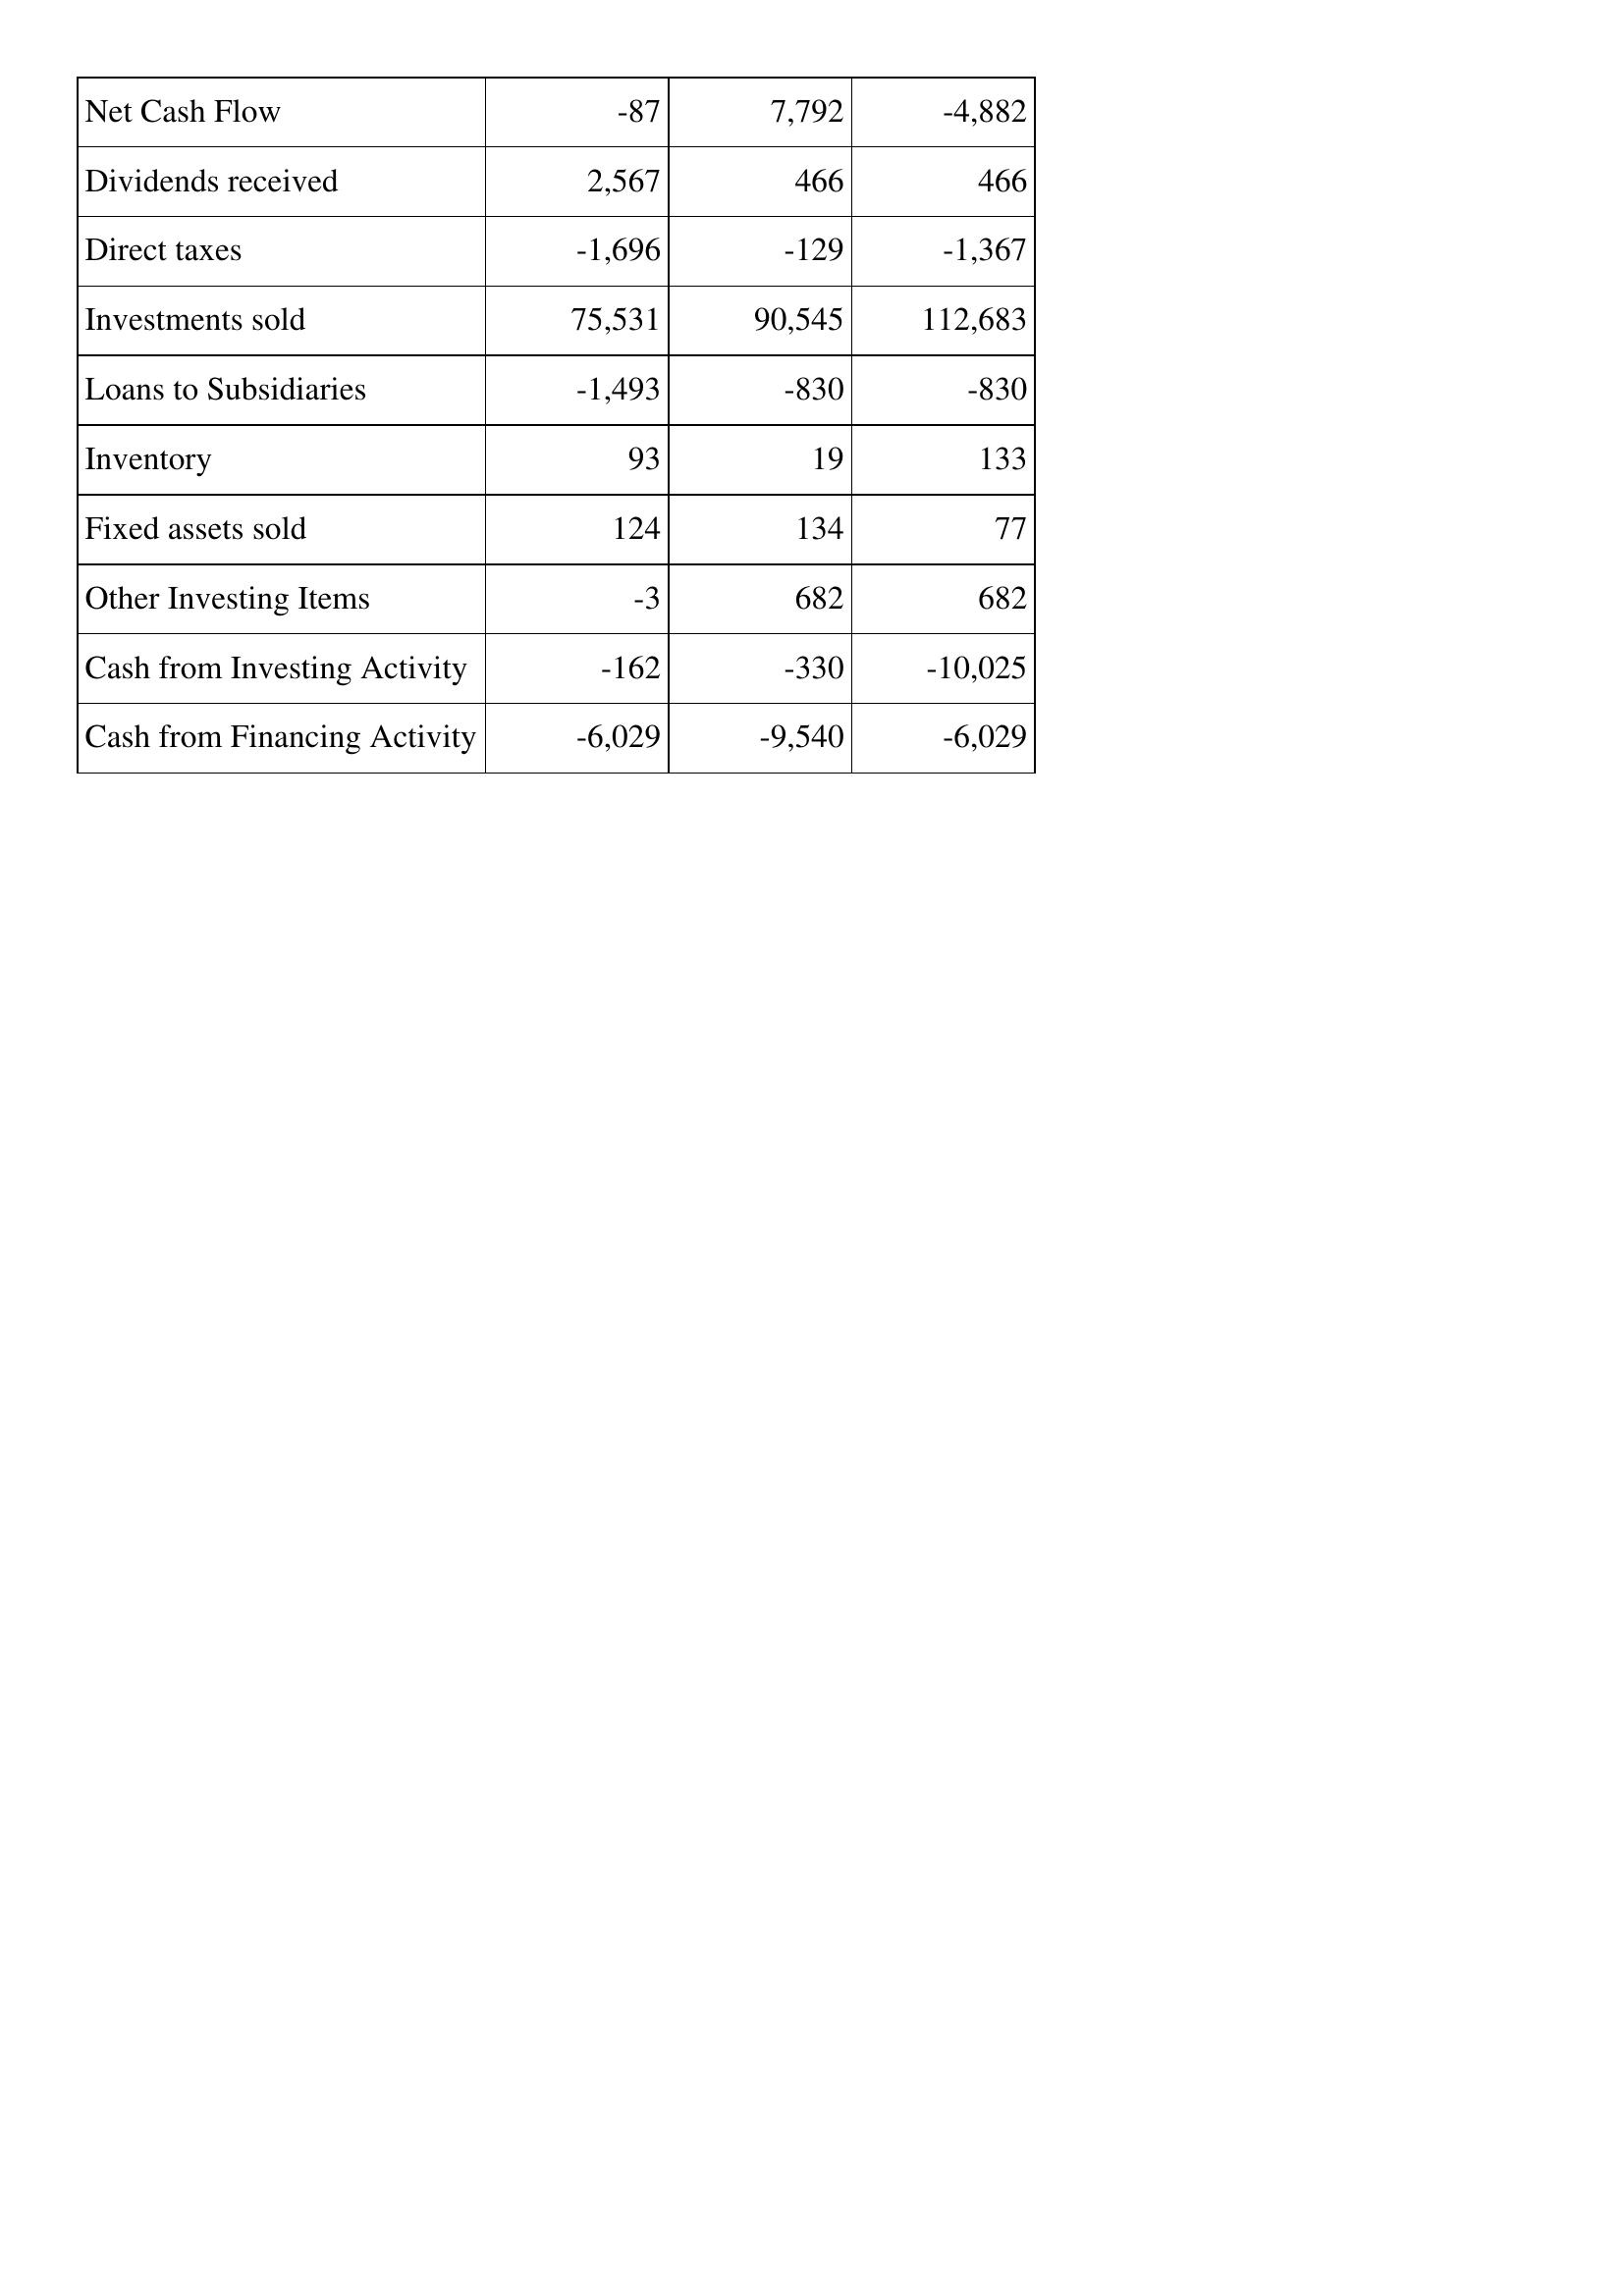
May-10: Cash Flows: Net Cash Flow: -87
Dividends received: 2,567
Direct taxes: -1,696
Investments sold: 75,531
Loans to Subsidiaries: -1,493
Inventory: 93
Fixed assets sold: 124
Other Investing Items: -3
Cash from Investing Activity: -162
Cash from Financing Activity: -6,029
May-11: Cash Flows: Net Cash Flow: 7,792
Dividends received: 466
Direct taxes: -129
Investments sold: 90,545
Loans to Subsidiaries: -830
Inventory: 19
Fixed assets sold: 134
Other Investing Items: 682
Cash from Investing Activity: -330
Cash from Financing Activity: -9,540
May-12: Cash Flows: Net Cash Flow: -4,882
Dividends received: 466
Direct taxes: -1,367
Investments sold: 112,683
Loans to Subsidiaries: -830
Inventory: 133
Fixed assets sold: 77
Other Investing Items: 682
Cash from Investing Activity: -10,025
Cash from Financing Activity: -6,029